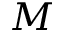
M